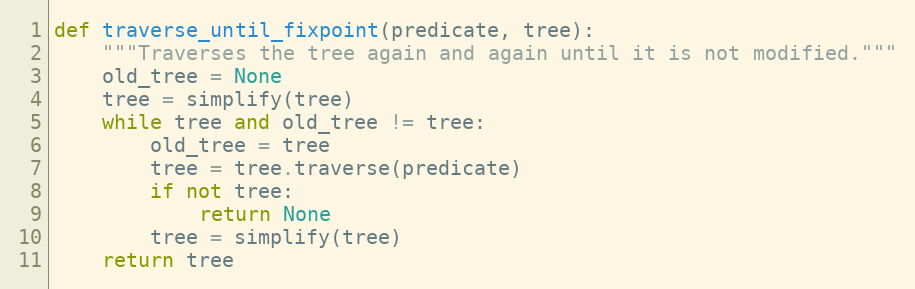
Language: Python
def traverse_until_fixpoint(predicate, tree):
    """Traverses the tree again and again until it is not modified."""
    old_tree = None
    tree = simplify(tree)
    while tree and old_tree != tree:
        old_tree = tree
        tree = tree.traverse(predicate)
        if not tree:
            return None
        tree = simplify(tree)
    return tree